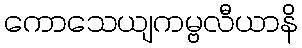
ကောသေယျကမ္ဗလီယာနိ